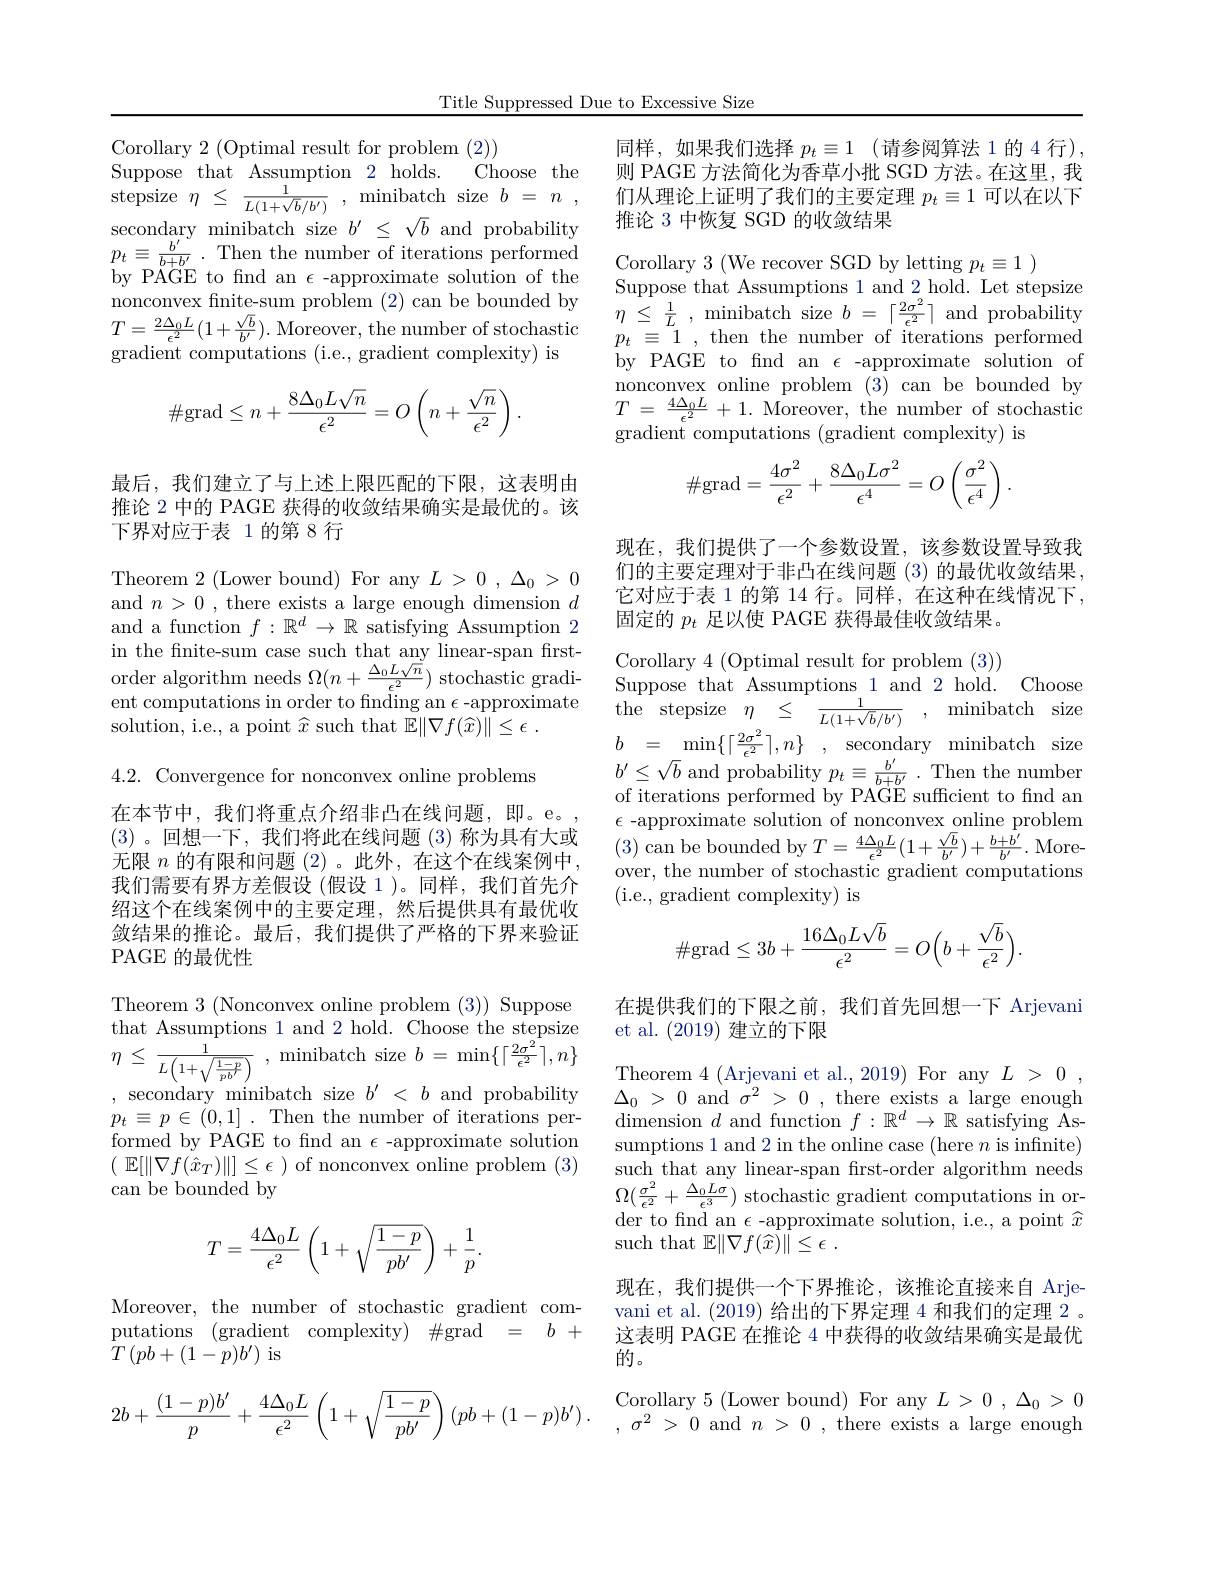
Title Suppressed Due to Excessive Size

Corollary 2 (Optimal result for problem (2))
Choose the
Suppose that Assumption 2 holds.
secondary minibatch size $b^{\prime}\leq\sqrt{b}$ and probability $p_{t}\equiv \frac {b^{\prime }}{b+ b^{\prime }}$ .Then the number of iterations performed by PÄGE to fnd an $\epsilon$-approximate solution of the nonconvex finite-sum problem (2) can be bounded by $\begin{array}{rl}{\text{nonconvex mitesum problem (2) can be boundea by}}&{\eta\leq\frac1L,\text{ minibatch size }b=\lceil\frac{2\sigma^2}{\epsilon^2}\rceil\text{ and probability}}\\{T=\frac{2\Delta_0L}{\epsilon^2}(1+\frac{\sqrt b}{b^\prime}).\text{ Moreover, the number of stochastic}}&{p_t\equiv1,\text{ then the number of iterations performed}}\end{array}$
gradient computations (i.e., gradient complexity) is
$$\#\text{grad}\leq n+\frac{8\Delta_0L\sqrt{n}}{\epsilon^2}=O\left(n+\frac{\sqrt{n}}{\epsilon^2}\right).$$
最后，我们建立了与上述上限匹配的下限，这表明由推论 2 中的 PAGE 获得的收敛结果确实是最优的。该下界对应于表 1的第 8 行

Theorem 2 (Lower bound) For any $L>0,\Delta_0>0$ and $n>0$ , there exists a large enough dimension $d$ and a function $f:\mathbb{R}^d\to\mathbb{R}$ satisfying Assumption 2 in the finitesum case such that any linear- span first- Corollary 4 ( Optimal result for problem ( 3) ) order algorithm needs $\Omega ( n+ \frac {\Delta \nu L\sqrt {n}}{\epsilon ^{2}})$ stochastic gradi- Suppose that Assumptions 1and 2 hold. Choose ent computations in order to
solution, i.e., a point $\widehat{x}$ such that $\mathbb{E} \| \nabla f( \widehat{x} ) \| \leq \epsilon$ .

4.2. Convergence for nonconvex online problems

在本节中，我们将重点介绍非凸在线问题，即。e。(3)。回想一下，我们将此在线问题(3)称为具有大或无限$n$的有限和问题 (2)。此外，在这个在线案例中我们需要有界方差假设 (假设 1 )。同样，我们首先介绍这个在线案例中的主要定理，然后提供具有最优收敛结果的推论。最后，我们提供了严格的下界来验证PAGE 的最优性

$\begin{array}{l}{\mathrm{that~Assumptions~1~and~2~hold.~Choose~the~stepsize}}\\{\eta\leq\frac{1}{L\left(1+\sqrt{\frac{1-p}{pb}}\right)},~\mathrm{minibatch~size~}b=~\min\left\{\left\lceil\frac{2\sigma^{2}}{\epsilon^{2}}\right\rceil,n\right\}}\\{\mathrm{socondarw~minibatch~eizo~}b^{\prime}<b~\mathrm{and~arobabilitw}}\end{array}$

Theorem 3 (Nonconvex online problem (3)) Suppose ,secondary minibatch size $b^\prime<b$ and probability $p_{t}\equiv p\in(0,1].$Then the number of iterations performed by PAGE to fnd an $\epsilon$ -approximate solution ( $\mathbb{E} [ \| \nabla f( \hat{x} _{T}) \| ] \leq \epsilon$ )of nonconvex online problem (3) can be bounded by
$$T=\frac{4\Delta_0L}{\epsilon^2}\left(1+\sqrt{\frac{1-p}{pb^{\prime}}}\right)+\frac{1}{p}.$$
$$2b+\frac{(1-p)b^{\prime}}{p}+\frac{4\Delta_{0}L}{\epsilon^{2}}\left(1+\sqrt{\frac{1-p}{pb^{\prime}}}\right)(pb+(1-p)b^{\prime})$$
同样，如果我们选择 $p_t\equiv 1$ (请参阅算法 1的 4 行), 则 PAGE 方法简化为香草小批 SGD 方法。在这里，我
stepsize $\eta\leq\frac1{L(1+\sqrt{b}/b^{\prime})}$, minibatch size $b= n$ , 们从理论上证明了我们的主要定理 $p_t\equiv1$ 可以在以下
推论 3 中恢复 SGD 的收敛结果

Corollary 3 (We recover SGD by letting $p_t\equiv1$ )
Suppose that Assumptions 1 and 2 hold. Let stepsize by PAGE to fnd an $\epsilon$ -approximate solution of nonconvex online problem (3) can be bounded by $T$ = $\frac {4\Delta _{0}L}{\epsilon ^{2}}$ + 1. ${\mathrm{Moreover, ~the~number~of~stochastic}}$ gradient computations (gradient complexity) is
$$\#\mathrm{grad}=\frac{4\sigma^2}{\epsilon^2}+\frac{8\Delta_0L\sigma^2}{\epsilon^4}=O\left(\frac{\sigma^2}{\epsilon^4}\right).$$
现在，我们提供了一个参数设置，该参数设置导致我们的主要定理对于非凸在线问题(3)的最优收敛结果， 它对应于表 1 的第 14 行。同样，在这种在线情况下， 固定的$p_t$足以使 PAGE 获得最佳收敛结果。

$\begin{array}{rcl}b&=&\min\{\lceil\frac{2\sigma^{2}}{\epsilon^{2}}\rceil,n\}&,&\text{secondary}&\text{minibatch}&\text{size}\\\end{array}$ $\begin{array}{l}{b^{\prime}\leq\sqrt{b}\mathrm{~and~probability~}p_{t}\equiv\frac{b^{\prime}}{b+b^{\prime}}.\mathrm{~Then~the~number}}\\{\mathrm{of~iterations~performed~by~PAGE~sufficient~to~find~an}}\end{array}$ $\epsilon$ -approximate solution of nonconvex online problem (3) can be bounded by $T=\frac{4\Delta_{0}L}{\epsilon^{2}}(1+\frac{\sqrt{b}}{b^{\prime}})+\frac{b+b^{\prime}}{b^{\prime}}.$ Moreover, the number of stochastic gradient computations (i.e., gradient complexity) is
$$\#\text{grad}\leq3b+\frac{16\Delta_0L\sqrt{b}}{\epsilon^2}=O\Big(b+\frac{\sqrt{b}}{\epsilon^2}\Big).$$
在提供我们的下限之前，我们首先回想一下 Arjevani
## et al.(2019)建立的下限

Theorem 4 (Arjevani et al., 2019) For any $L> 0$ , $\Delta _{0}$ > 0 and $\sigma ^{2}$ > 0 , there exists a large enough dimension $d$ and function $f:\mathbb{R}^d\to\mathbb{R}$ satisfying Assumptions 1 and 2 in the online case (here $n$ is infinite) such that any linear-span frst-order algorithm needs $\Omega(\frac{\sigma^{2}}{\epsilon^{2}}+\frac{\Delta_{0}L\sigma}{\epsilon^{3}})$ stochastic gradient computations in order to fnd an $\epsilon$-approximate solution, i.e., a point $\widehat{x}$ such that $\mathbb{E} \| \nabla f( \widehat{x} ) \| \leq \epsilon$ .

现在，我们提供一个下界推论，该推论直接来自 Arje-
$\begin{aligned}&\text{Moreover, the number of stochastic gradient com-}&\text{vani et al.(2019) 给出的下界定理 4 和我们的定理 2。}\\&\text{putations (gradient complexity) \#grad = }&b+&\text{这表明 PAGE 在推论 4 中获得的收敛结果确实是最优}\\&T\left(pb+(1-p)b^{\prime}\right)\text{is}\end{aligned}$
Corollary 5 (Lower bound) For any $L>0,\Delta_0>0$ $,\sigma^{2}>0$and$n>0$,there exists a large enough